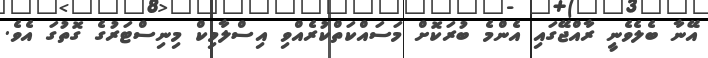
އޭނާ ބެލެެވެނީ ރާއްޖޭގައި އެންމެ ބުރަކޮށް މަސައްކަތްކުރެއްވި އިސްލާމިކް މިނިސްޓަރުގެ ގޮތުގަ އެވެ.